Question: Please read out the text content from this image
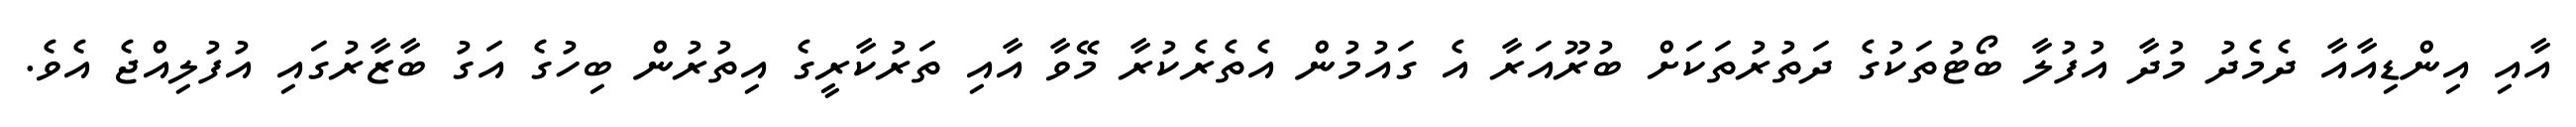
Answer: އާއި އިންޑިއާއާ ދެމެދު މުދާ އުފުލާ ބޯޓުތަކުގެ ދަތުރުތަކަށް ބުރޫއަރާ އެ ގައުމުން އެތެރެކުރާ މޭވާ އާއި ތަރުކާރީގެ އިތުރުން ބިހުގެ އަގު ބާޒާރުގައި އުފުލިއްޖެ އެވެ.